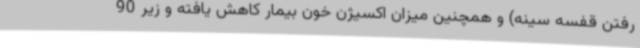
رفتن قفسه سینه) و همچنین میزان اکسیژن خون بیمار کاهش یافته و زیر 90